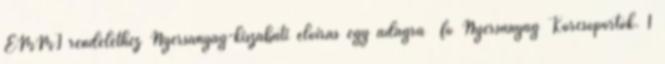
EMMI rendelethez Nyersanyag-kiszabati előírás egy adagra fő Nyersanyag Korcsoportok. 1